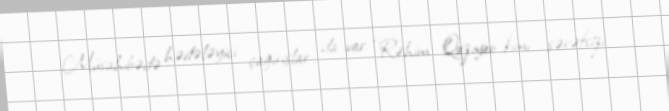
Müsahibədə hədələyici çağırışlar da var: “Rəhim Qazıyev kimi şərəfsizi